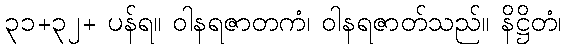
၃၁+၃၂+ ပန်ရ။ ဝါနရဇာတကံ၊ ဝါနရဇာတ်သည်။ နိဋ္ဌိတံ၊